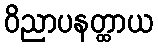
ဝိညာပနတ္ထာယ